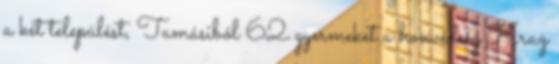
a két települést, Tamásiból 62 gyermeket a honvédség Kraz